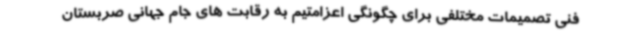
فنی تصمیمات مختلفی برای چگونگی اعزامتیم به رقابت های جام جهانی صربستان